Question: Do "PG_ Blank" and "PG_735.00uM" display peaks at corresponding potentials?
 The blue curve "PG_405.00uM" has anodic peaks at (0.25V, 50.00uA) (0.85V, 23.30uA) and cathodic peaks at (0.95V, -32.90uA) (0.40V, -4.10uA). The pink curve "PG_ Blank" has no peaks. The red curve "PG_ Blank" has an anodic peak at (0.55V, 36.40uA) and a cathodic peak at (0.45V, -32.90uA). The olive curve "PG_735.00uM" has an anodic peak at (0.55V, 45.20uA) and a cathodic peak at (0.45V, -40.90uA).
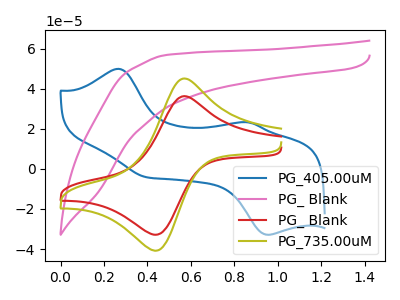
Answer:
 <answer>Yes, "PG_ Blank" have a peak in "PG_735.00uM" at the same potential.</answer>
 <eval>match</eval>